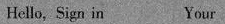
Hello，Sign in Your